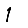
Digit: 1